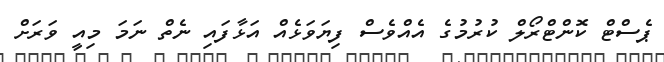
ޕެސްޓް ކޮންޓްރޯލް ކުރުމުގެ އެއްވެސް ފިޔަވަޅެއް އަޅާފައި ނެތް ނަމަ މިއީ ވަރަށް